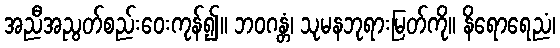
အညီအညွတ်စည်းဝေးကုန်၍။ ဘဝဂန္တံ၊ သုမနဘုရားမြတ်ကို။ နိရောရေညံ၊